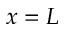
x = L